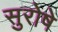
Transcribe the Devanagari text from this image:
सुरोषे